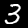
Label: 3